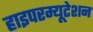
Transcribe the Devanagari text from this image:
हाइपरम्यूटेशन